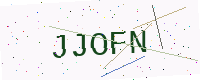
Text: JJOFN